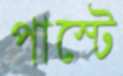
পাস্টে